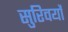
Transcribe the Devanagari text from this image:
सुरिवर्यों